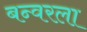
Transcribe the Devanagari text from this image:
बन्वरला